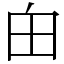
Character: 甶